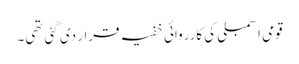
قومی اسمبلی کی کارروائی خفیہ قرار دی گئی تھی۔